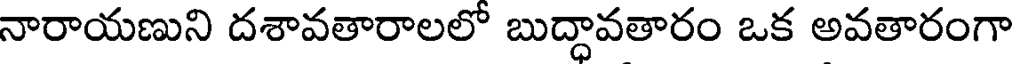
నారాయణుని దశావతారాలలో బుద్ధావతారం ఒక అవతారంగా